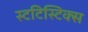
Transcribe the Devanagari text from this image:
स्टटिस्टिक्स